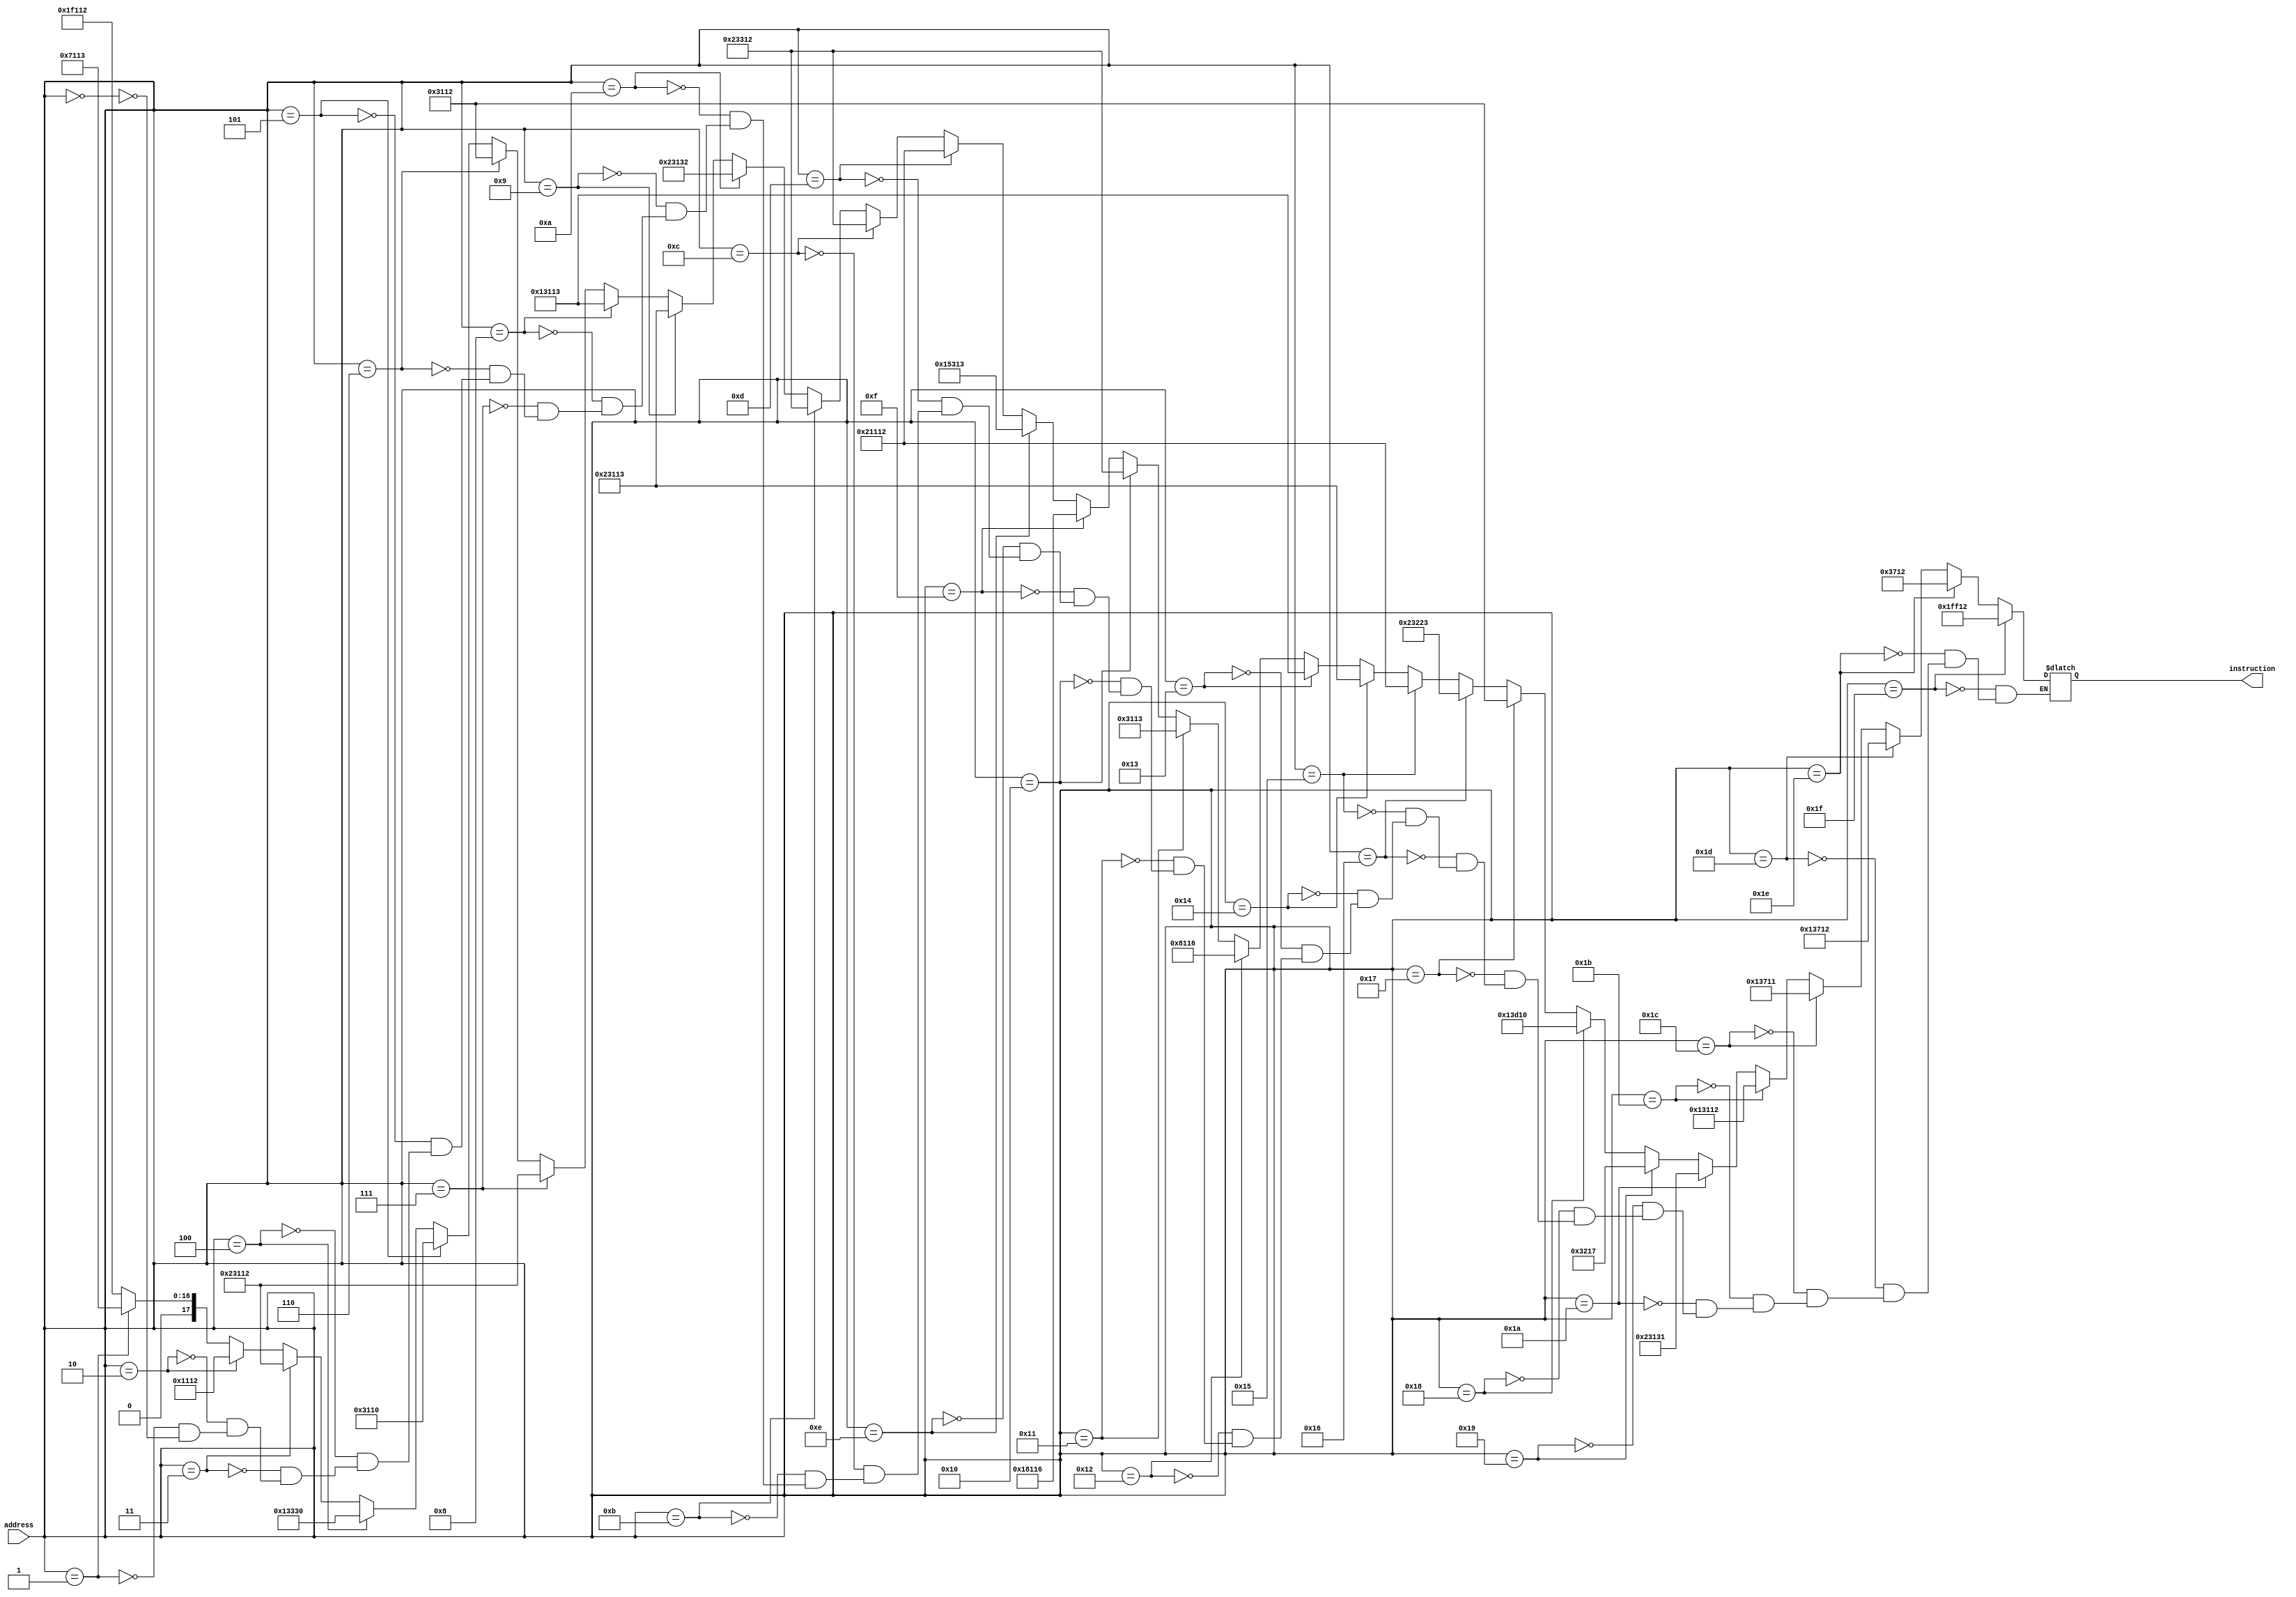
`timescale 1ns/1ns
module memory(input [4:0] address, output reg [17:0] instruction);
	always @(address)
	begin
		if (address == 0) instruction = 18'b01_1111_0001_0001_0010;
		if (address == 1) instruction = 18'b00_0111_0001_0001_0011;
		if (address == 2) instruction = 18'b00_0001_0001_0001_0010;
		if (address == 3) instruction = 18'b10_0011_0001_0001_0010;
		if (address == 4) instruction = 18'b01_0011_0011_0011_0000;
		if (address == 5) instruction = 18'b00_0011_0001_0001_0000;
		if (address == 6) instruction = 18'b00_0011_0001_0001_0010;
		if (address == 7) instruction = 18'b10_0011_0001_0001_0010;
		if (address == 8) instruction = 18'b01_0011_0001_0001_0011;
		if (address == 9) instruction = 18'b10_0011_0001_0001_0011;
		if (address == 10) instruction = 18'b10_0011_0001_0011_0010;
		if (address == 11) instruction = 18'b10_0011_0011_0001_0010;
		if (address == 12) instruction = 18'b10_0011_0011_0001_0010;
		if (address == 13) instruction = 18'b10_0001_0001_0001_0010;
		if (address == 14) instruction = 18'b01_0101_0011_0001_0011;
		if (address == 15) instruction = 18'b01_1000_0001_0001_0110;
		if (address == 16) instruction = 18'b10_0011_0011_0001_0010;
		if (address == 17) instruction = 18'b00_0011_0001_0001_0011;
		if (address == 18) instruction = 18'b00_1000_0001_0001_0110;
		if (address == 19) instruction = 18'b01_0011_0001_0001_0011;
		if (address == 20) instruction = 18'b10_0011_0001_0001_0011;
		if (address == 21) instruction = 18'b10_0001_0001_0001_0010;
		if (address == 22) instruction = 18'b10_0011_0010_0010_0011;
		if (address == 23) instruction = 18'b00_0011_0001_0001_0010;
		if (address == 24) instruction = 18'b01_0011_1101_0001_0000;
		if (address == 25) instruction = 18'b00_0011_0010_0001_0111;
		if (address == 26) instruction = 18'b10_0011_0001_0011_0001;
		if (address == 27) instruction = 18'b01_0011_0001_0001_0010;
		if (address == 28) instruction = 18'b01_0011_0111_0001_0001;
		if (address == 29) instruction = 18'b01_0011_0111_0001_0010;
		if (address == 30) instruction = 18'b00_0011_0111_0001_0010;
		if (address == 31) instruction = 18'b01_1111_1111_0001_0010;
	end
endmodule